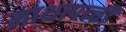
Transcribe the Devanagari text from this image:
माथापच्‍ची